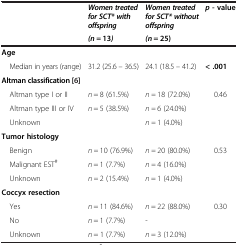
<table><thead><tr><td rowspan="2">[EMPTY_CELL]</td><td><b><i>Women treated for SCT* with offspring</i></b></td><td><b><i>Women treated for SCT* without offspring</i></b></td><td rowspan="2"><b><i>p -</i>value</b></td></tr><tr><td><b><i>(n =</i> 13<i>)</i></b></td><td><b><i>(n</i> = 25)</b></td></tr></thead><tbody><tr><td colspan="4"><b>Age</b></td></tr><tr><td> Median in years (range)</td><td>31.2 (25.6 – 36.5)</td><td>24.1 (18.5 – 41.2)</td><td><b>&lt; .001</b></td></tr><tr><td colspan="4"><b>Altman classification</b> [6]</td></tr><tr><td> Altman type I or II</td><td><i>n</i> = 8 (61.5%)</td><td><i>n =</i> 18 (72.0%)</td><td rowspan="3">0.46</td></tr><tr><td> Altman type III or IV</td><td><i>n</i> = 5 (38.5%)</td><td><i>n =</i> 6 (24.0%)</td></tr><tr><td> Unknown</td><td>[EMPTY_CELL]</td><td><i>n =</i> 1 (4.0%)</td></tr><tr><td colspan="4"><b>Tumor histology</b></td></tr><tr><td> Benign</td><td><i>n =</i> 10 (76.9%)</td><td><i>n =</i> 20 (80.0%)</td><td rowspan="3">0.53</td></tr><tr><td> Malignant EST<sup>#</sup></td><td><i>n</i> = 1 (7.7%)</td><td><i>n =</i> 4 (16.0%)</td></tr><tr><td> Unknown</td><td><i>n =</i> 2 (15.4%)</td><td><i>n</i> = 1 (4.0%)</td></tr><tr><td colspan="4"><b>Coccyx resection</b></td></tr><tr><td> Yes</td><td><i>n</i> = 11 (84.6%)</td><td><i>n</i> = 22 (88.0%)</td><td rowspan="3">0.30</td></tr><tr><td> No</td><td><i>n</i> = 1 (7.7%)</td><td>-</td></tr><tr><td> Unknown</td><td><i>n</i> = 1 (7.7%)</td><td><i>n</i> = 3 (12.0%)</td></tr></tbody></table>